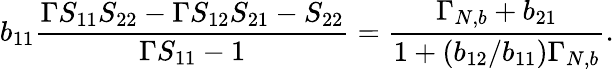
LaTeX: b_{11}\frac{\Gamma S_{11}S_{22}-\Gamma S_{12}S_{21}-S_{22}}{\Gamma S_{11}-1}=\frac{\Gamma_{N,b}+b_{21}}{1+(b_{12}/b_{11})\Gamma_{N,b}}.